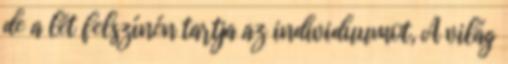
de a lét felszínén tartja az individuumot, A világ